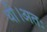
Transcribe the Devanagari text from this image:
थी।अतः